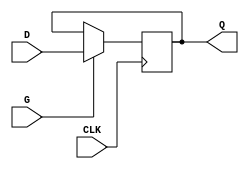
module edge_triggered_gated_latch (
    input wire D,      // Data input
    input wire G,      // Gate input
    input wire CLK,    // Clock input
    output reg Q       // Output
);

    // Always block triggered on the rising edge of the clock
    always @(posedge CLK) begin
        if (G) begin
            Q <= D;   // Latch the value of D if G is active
        end
        // If G is not active, Q retains its previous value
    end

endmodule